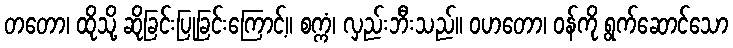
တတော၊ ထိုသို့ ဆိုခြင်းပြုခြင်းကြောင့်။ စက္ကံ၊ လှည်းဘီးသည်။ ဝဟတော၊ ဝန်ကို ရွက်ဆောင်သော